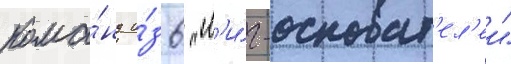
кома́нд и́з 6 "л'и́г-основат'ел'еи"